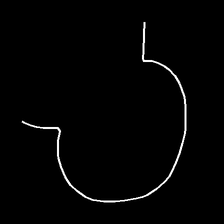
Glyph: weave